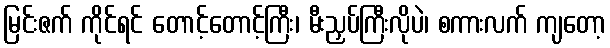
မြင်းဇက် ကိုင်ရင် တောင့်တောင့်ကြီး၊ မီးညှပ်ကြီးလိုပဲ၊ စကားလက် ကျတော့